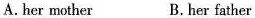
A.her mother B.her father